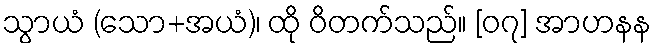
သွာယံ (သော+အယံ)၊ ထို ဝိတက်သည်။ [၀၇] အာဟနန